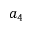
a _ { 4 }